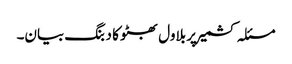
مسئلہ کشمیر پر بلاول بھٹو کا دبنگ بیان۔